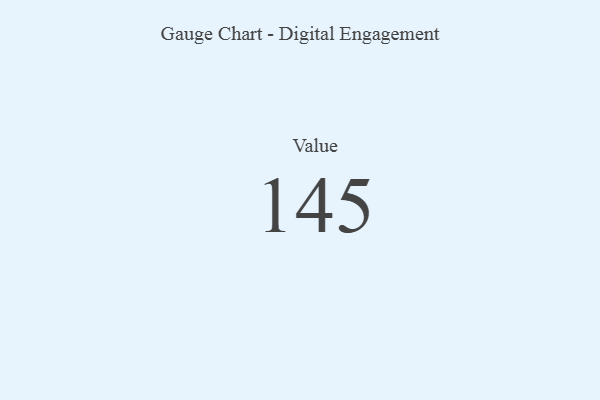
{"axis": {"x": "Metric", "y": "Value"}, "legend": [""], "data": [{"x": "Value", "y": 145, "type": ""}]}